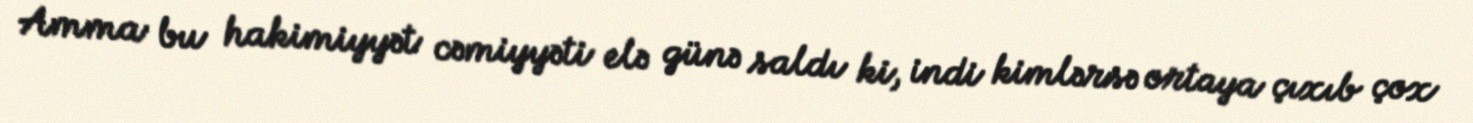
Amma bu hakimiyyət cəmiyyəti elə günə saldı ki, indi kimlərsə ortaya çıxıb çox